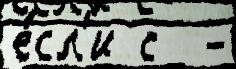
е́сл'и с  -